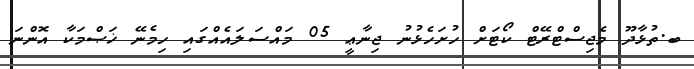
ބ.ތުޅާދޫ މެޖިސްޓްރޭޓް ކޯޓަށް ހުށަހެޅުނު ޖިނާޢީ 05 މައްސަލައެއްގައި ހިމެނޭ ޚަޞްމަކާ އޮންނަ